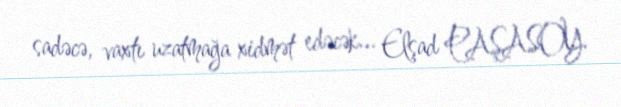
sadəcə, vaxtı uzatmağa xidmət edəcək... Elşad PAŞASOY.